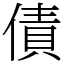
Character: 債